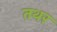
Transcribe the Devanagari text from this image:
तथर